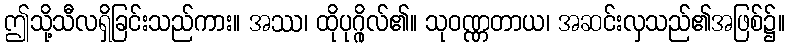
ဤသို့သီလရှိခြင်းသည်ကား။ အဿ၊ ထိုပုဂ္ဂိုလ်၏။ သုဝဏ္ဏတာယ၊ အဆင်းလှသည်၏အဖြစ်၌။